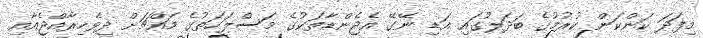
މިފަދަ ކަންކަން ކުރުމުގެ ބަދަލުގައި އަޑި ނޭގޭ އެޖެންޑާތަކުގެ މަސްލަހަތުގެ މައްޗަށް ދިވެހިރާއްޖެއާއި